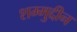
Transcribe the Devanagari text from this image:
शम्मुद्दीन